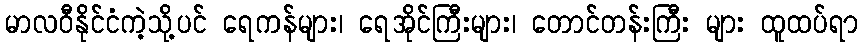
မာလဝီနိုင်ငံကဲ့သို့ပင် ရေကန်များ၊ ရေအိုင်ကြီးများ၊ တောင်တန်းကြီး များ ထူထပ်ရာ